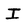
Character: I